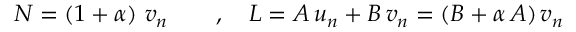
N = ( 1 + \alpha ) \ v _ { n } \qquad , \quad L = A \, u _ { n } + B \, v _ { n } = ( B + \alpha \, A ) \, v _ { n }